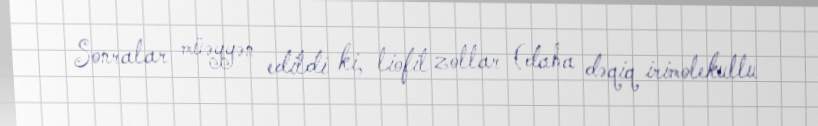
Sonralar müəyyən edildi ki, liofil zollar (daha dəqiq irimolekullu